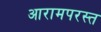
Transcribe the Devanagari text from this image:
आरामपरस्त